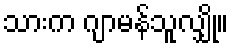
သားက ဂျာမန်သူလျှို။